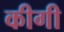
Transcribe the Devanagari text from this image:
कीगी